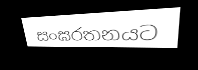
සංඝරතනයට